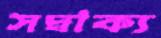
সদ্বাক্য